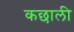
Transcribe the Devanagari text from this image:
कछाली